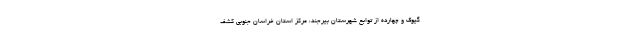
گیوک و چهارده از توابع شهرستان بیرجند، مرکز استان خراسان جنوبی کشف